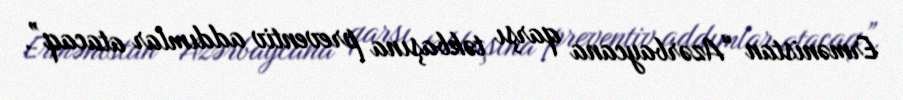
Ermənistan “Azərbaycana qarşı təkbaşına preventiv addımlar atacaq”.